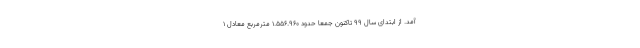
آمد. از ابتدای سال ۹۹ تاکنون جمعاً حدود ۱.۵۵۶.۹۶۰ مترمربع معادل ۱